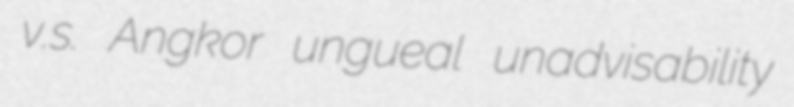
v.s. Angkor ungueal unadvisability